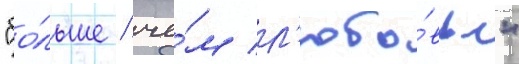
"бо́льше / че́м л'юбо́вь"